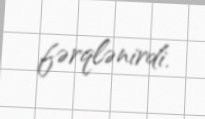
fərqlənirdi.